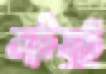
কাটিয়াছি